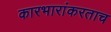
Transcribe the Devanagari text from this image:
कारभारांकरताच